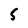
Character: 5